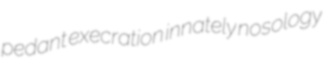
pedant execration innately nosology